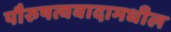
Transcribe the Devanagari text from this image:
पौरुषत्ववादामधील